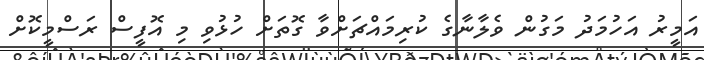
އަމީރު އަހުމަދު މަގުން ވެލާނާގެ ކުރިމައްޗަށްވާ ގޮތަށް ހުޅުވި މި އޮފީސް ރަސްމީކޮށް